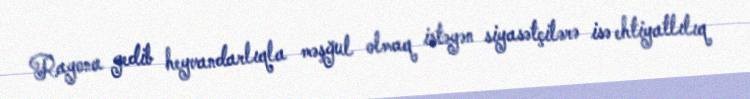
Rayona gedib heyvandarlıqla məşğul olmaq istəyən siyasətçilərə isə ehtiyatlılıq